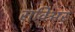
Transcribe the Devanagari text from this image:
राविअर